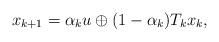
LaTeX: \begin{align*}x_{k+1}=\alpha_k u\oplus(1-\alpha_k)T_kx_k,\\\end{align*}